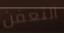
التعفن